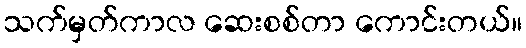
သက်မှတ်ကာလ ဆေးစစ်တာ ကောင်းတယ်။